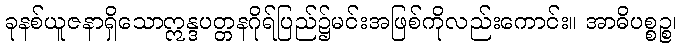
ခုနစ်ယူဇနာရှိသောဣန္ဒပတ္တနဂိုရ်ပြည်၌မင်းအဖြစ်ကိုလည်းကောင်း။ အာဓိပစ္စဉ္စ၊